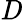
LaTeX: \mathit{D}